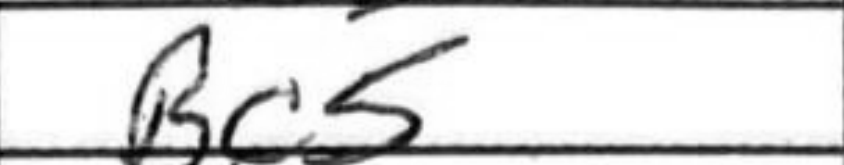
Transcription: Bc5